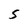
Character: S